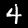
Label: 4